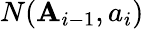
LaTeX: N(\mathbf{A}_{i-1},a_{i})